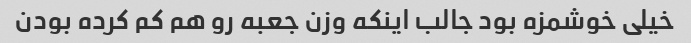
خیلی خوشمزه بود جالب اینکه وزن جعبه رو هم کم کرده بودن